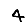
Digit: 4